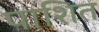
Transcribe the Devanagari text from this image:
पाशित